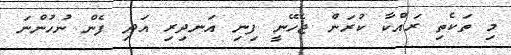
މި ތަކެތި ރައްކާ ކުރަން ޖެހޭނީ ފިނި އަނދިރި އަދި ފެން ނުހުންނަ